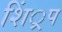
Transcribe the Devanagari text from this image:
शिं्रप